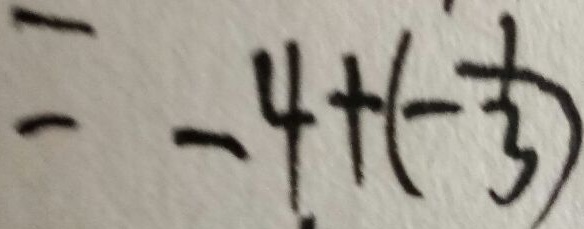
= - 4 + ( - \frac { 1 } { 3 } )